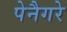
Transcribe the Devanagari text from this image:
पेनैगरे